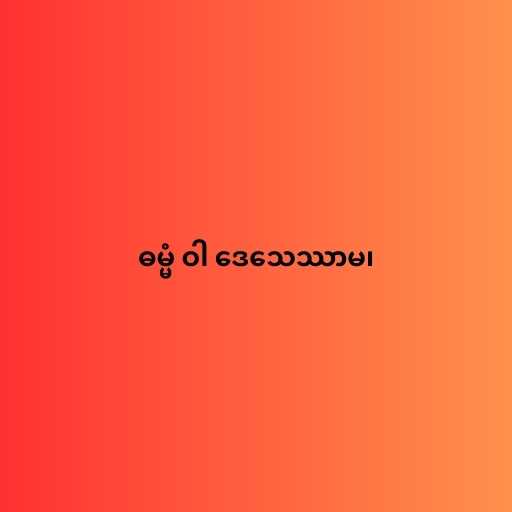
ဓမ္မံ ဝါ ဒေသေဿာမ၊